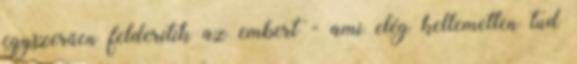
egyszerűen felderítik az embert - ami elég kellemetlen tud